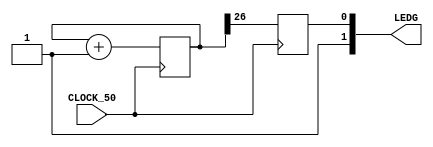
`timescale 1ns / 1ps
//////////////////////////////////////////////////////////////////////////////////
// Company: 
// Engineer: 
// 
// Design Name: 
// Module Name:    led_blink_fpga 
// Project Name: 
// Target Devices: 
// Tool versions: 
// Description: 
//
// Dependencies: 
//
// Revision: 
// Revision 0.01 - File Created
// Additional Comments: 
//
//////////////////////////////////////////////////////////////////////////////////
module led_blink_fpga( input CLOCK_50,
    output [1:0] LEDG
    
);

    /* reg */
    reg data1 = 1'b1;
    reg [32:0] counter;
    reg state;
    
    /* assign */
    assign LEDG[0] = state;
    assign LEDG[1] = data1;
    
    /* always */
    always @ (posedge CLOCK_50) begin
        counter <= counter + 1;
        state <= counter[26]; // <------ data to change
    end

endmodule